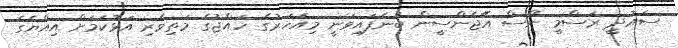
ސައުދީ ރަސްމީ ނޫސް އޭޖެންސީން ބުނެފައިވަނީ މިއަހަރުގެ ހައްޖުގެ މަތިވެރި އަޅުކަމަށް އިއްޔެގެ